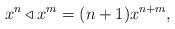
LaTeX: \begin{align*}x^n\triangleleft x^m=(n+1)x^{n+m},\end{align*}